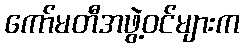
ကော်မတီအဖွဲ့ဝင်များက